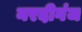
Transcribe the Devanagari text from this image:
नरदीगंज